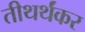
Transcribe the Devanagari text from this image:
तीथर्थंकर